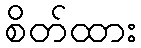
စိတ်ထား